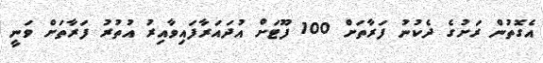
އެގޮތުން ރަށުގެ ދެކުނު ފަރާތަށް 100 ފޫޓަށް އުދައަރާފައިވާއިރު އުތުރު ފަރާތަށް ވަނީ